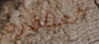
العباقرة